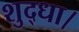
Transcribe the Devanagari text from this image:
शुद्धा।